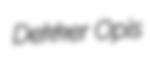
Dekker Opis